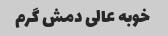
خوبه عالی دمش گرم